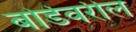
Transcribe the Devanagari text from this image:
बोर्डवरील